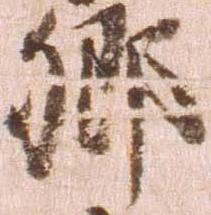
郷